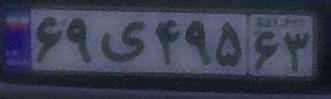
۶۹ی۴۹۵۶۳